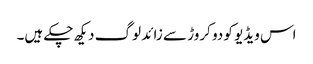
اس ویڈیو کو دو کروڑ سے زائد لوگ دیکھ چکے ہیں۔